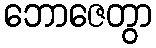
ဘောဇေတွာ